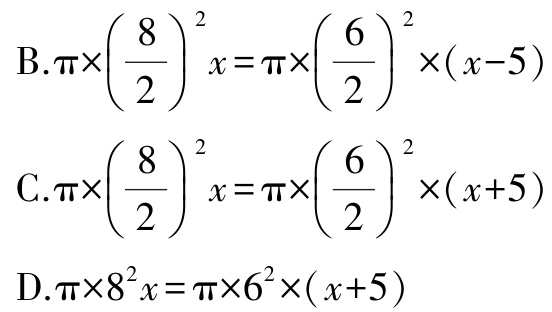
B.$\pi\times\left(\dfrac{8}{2}\right)^{2}x = \pi\times\left(\dfrac{6}{2}\right)^{2}\times(x - 5)$
C.$\pi\times\left(\dfrac{8}{2}\right)^{2}x = \pi\times\left(\dfrac{6}{2}\right)^{2}\times(x + 5)$
D.$\pi\times8^{2}x = \pi\times6^{2}\times(x + 5)$